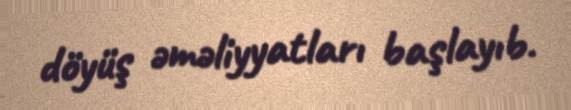
döyüş əməliyyatları başlayıb.